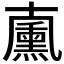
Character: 𠧋